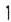
1